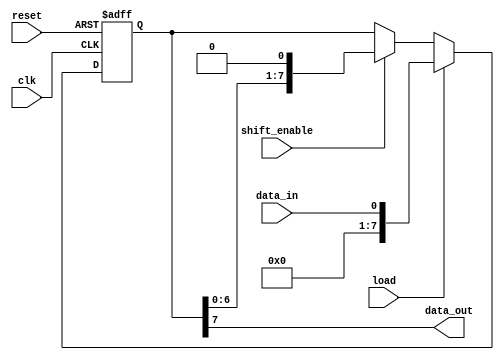
module piso_shift_register(
    input wire clk,
    input wire reset,
    input wire load,
    input wire data_in,
    input wire shift_enable,
    output reg data_out
);

reg [7:0] register;

always @ (posedge clk or posedge reset)
begin
    if (reset)
        register <= 8'b0;
    else if (load)
        register <= data_in;
    else if (shift_enable)
        register <= {register[6:0], 1'b0};
end

assign data_out = register[7];

endmodule